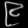
Digit: ၉